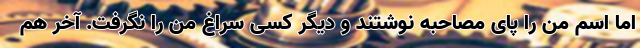
اما اسم من را پای مصاحبه نوشتند و دیگر کسی سراغ من را نگرفت. آخر هم